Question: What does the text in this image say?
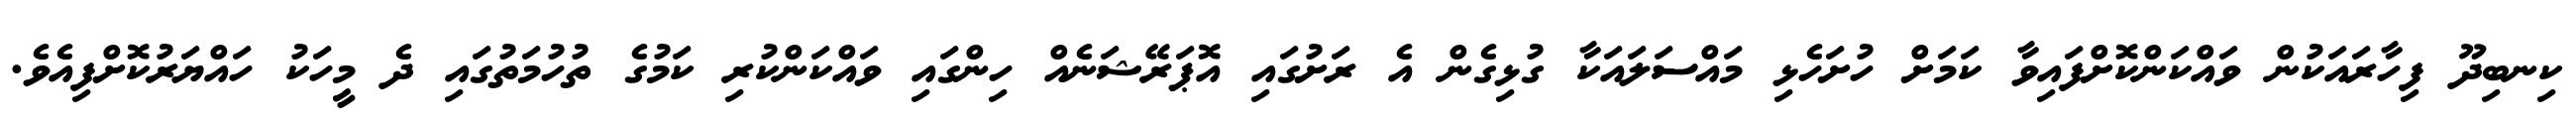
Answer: ކިނބިދޫ ފިހާރައަކުން ވައްކަންކޮށްފައިވާ ކަމަށް ހުށަހެޅި މައްސަލައަކާ ގުޅިގެން އެ ރަށުގައި އޮޕަރޭޝަނެއް ހިންގައި ވައްކަންކުރި ކަމުގެ ތުހުމަތުގައި ދެ މީހަކު ހައްޔަރުކޮށްފިއެވެ.